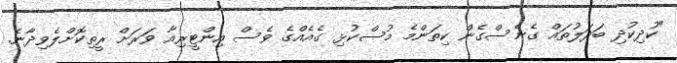
"ކުދިކުދި ބަދަލުތައް ގެނެސްގެން ކިތަންމެ މުސްކުޅި ގެއެއްގެ ވެސް އިންޓީރިއާ ވަރަށް ރީތިކޮށްލެވިދާނެ.